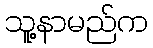
သူ့နာမည်က